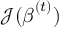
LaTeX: { \mathcal { J } } ( { \boldsymbol { \beta } } ^ { ( t ) } )